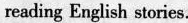
reading English stories.